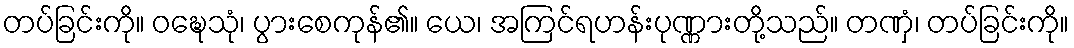
တပ်ခြင်းကို။ ဝဍ္ဎေသုံ၊ ပွားစေကုန်၏။ ယေ၊ အကြင်ရဟန်းပုဏ္ဏားတို့သည်။ တဏှံ၊ တပ်ခြင်းကို။